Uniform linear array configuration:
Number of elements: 32
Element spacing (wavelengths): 1
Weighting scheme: binomial
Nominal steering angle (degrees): -60
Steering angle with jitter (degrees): -58.207
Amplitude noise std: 0.05
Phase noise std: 0.05

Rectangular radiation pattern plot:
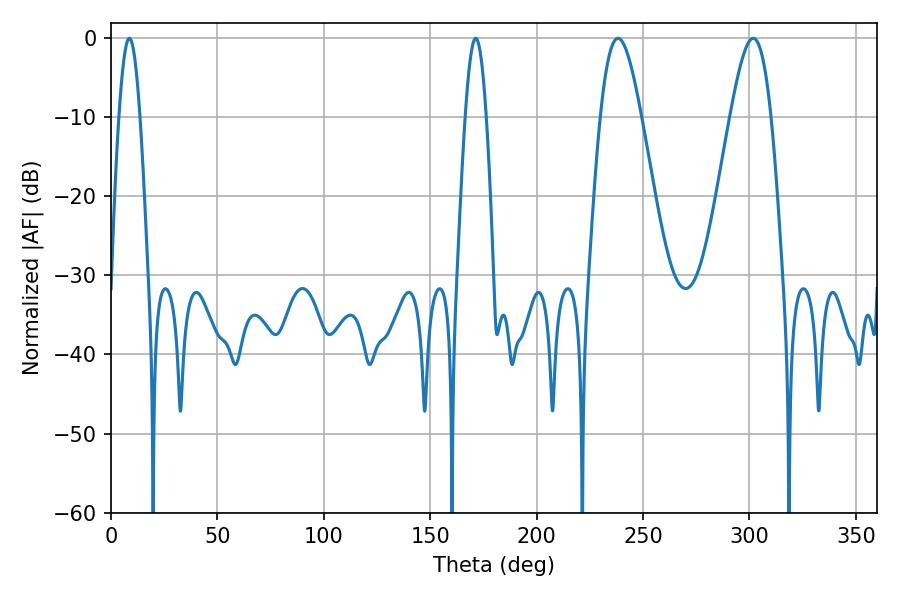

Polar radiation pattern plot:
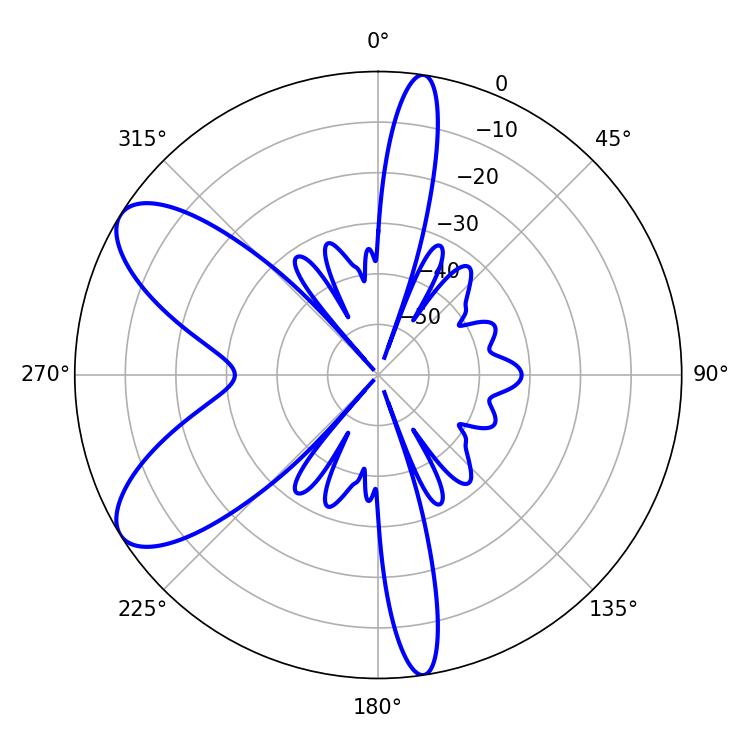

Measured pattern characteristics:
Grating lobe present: TRUE
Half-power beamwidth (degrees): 5.4
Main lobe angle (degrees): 8.64